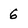
Character: 6